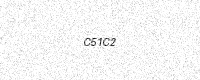
Text: C51C2